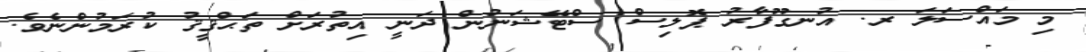
މި މައްސަލަ ރ. އުނގޫފާރު ޕޮލިސް ސްޓޭޝަނުން ދަނީ އިތުރަށް ތަޙްޤީޤު ކުރަމުންނެވެ.